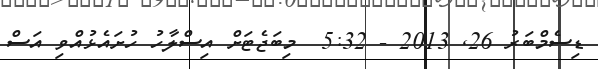
ޑިސެމްބަރު 26